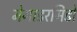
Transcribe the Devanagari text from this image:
मेगाडरमिडो